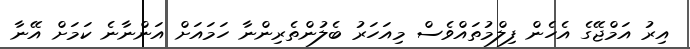
އިރު އަމްޖޭގެ އެހެން ފިލްމުތައްވެސް މިއަހަރު ބެލުންތެރިންނާ ހަމައަށް އަންނާނެ ކަމަށް އޭނާ